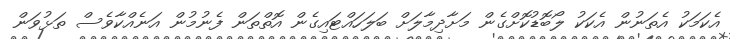
އެކަމަކު އެތަނުން އެކަކު ލޯބޮޑުކޮށްގެން މަށާދިމާލަށް ބަލަހައްޓައިގެން އޮތްތަން ފެނުމުން އަނެއްކާވެސް ތަޅުވަން